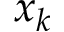
x _ { k }